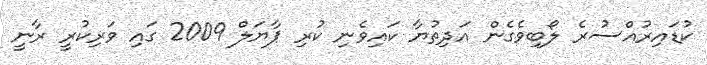
ކުޑައިރުއްސުރެ ލޯބިވެގެން އަދިތުޔާ ކައިވެނި ކުރި ޕާޔަލް 2009 ގައި ވަރިކުރީ ރާނީ